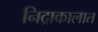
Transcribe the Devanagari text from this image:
निद्राकालात